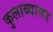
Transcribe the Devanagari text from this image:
कुलाब्यावर